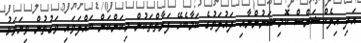
އަދި އިލެކްޝަންސް ކޮމިޝަނުންނާއި ދައުލަތުގެ ކަމާބެހޭ ފަރާތްތަކުން މިކަންކަން ބައްލަވައި ވަގުތުން ވިޔަވަޅު